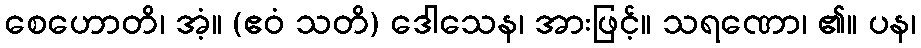
စေဟောတိ၊ အံ့။ (ဧဝံ သတိ) ဒေါသေန၊ အားဖြင့်။ သရဏော၊ ၏။ ပန၊